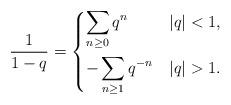
LaTeX: \begin{align*}\frac{1}{1-q} = \begin{dcases}\sum_{n\geq 0} q^n & |q|<1, \\-\sum_{n \geq 1} q^{-n} & |q|>1.\end{dcases}\end{align*}